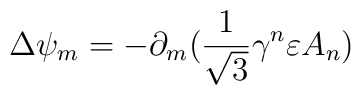
\Delta \psi_m=-\partial_m(\frac{1}{\sqrt{3}}\gamma^n\varepsilon A_n)